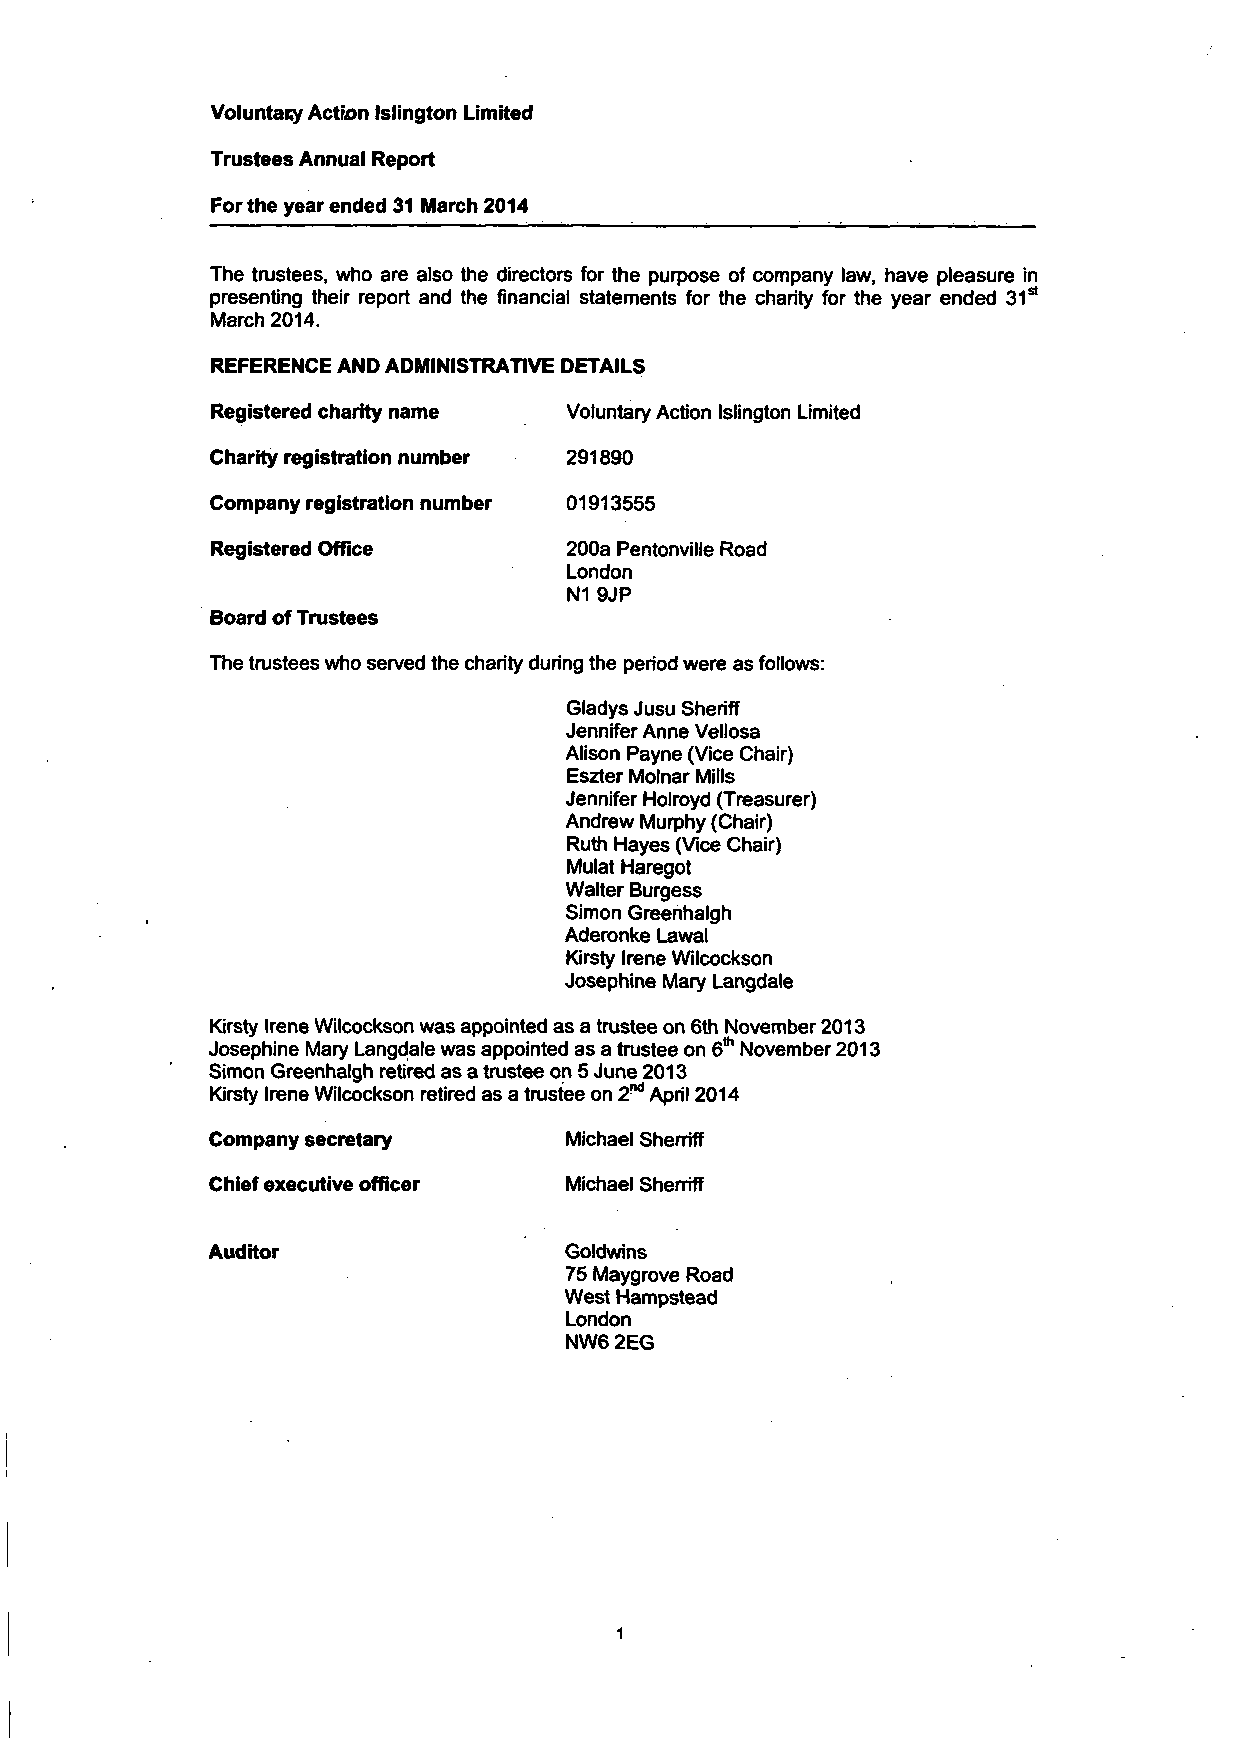
Voluntary Actum Islington Limited
 Trustees Annual Report
 For the year ended 31 March 2014
 The trustees, who are also the directors for the purpose of company law, have pleasure in
 presenting their report and the financial statements for the charity for the year ended 31s1
 March 2014.
 REFERENCE AND ADMINISTRATIVE DETAILS
 Registered charity name Voluntary Action Islington Limited
 Charity registration number 291890
 Company registration number 01913555
 Registered Office      200a Pentonville Road
 London
 N1 9JP
 Board of Trustees
 The trustees who served the charity during the period were as follows:
 Gladys Jusu Sheriff
 Jennifer Anne Vellosa
 Alison Payne (Vice Chair)
 Eszter Molnar Mills
 Jennifer Holroyd (Treasurer)
 Andrew Murphy (Chair)
 Ruth Hayes (Vice Chair)
 Mulat Haregot
 Walter Burgess
 Simon Greenhalgh
 Aderonke Lawal
 Kirsty Irene Wilcockson
 Josephine Mary Langdale
 Kirsty Irene Wilcockson was appointed as a trustee on 6th November 2013
 Josephine Mary Langdale was appointed as a trustee on 6th November 2013
 Simon Greenhalgh retired as a trustee on 5 June 2013
 Kirsty Irene Wilcockson retired as a trustee on 2nd April 2014
 Company secretary      Michael Sherriff
 Chief executive officer Michael Sherrrff
 Auditor                Goldwins
 75 Maygrove Road
 West Hampstead
 London
 NW6 2EG
 1